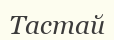
Тастай